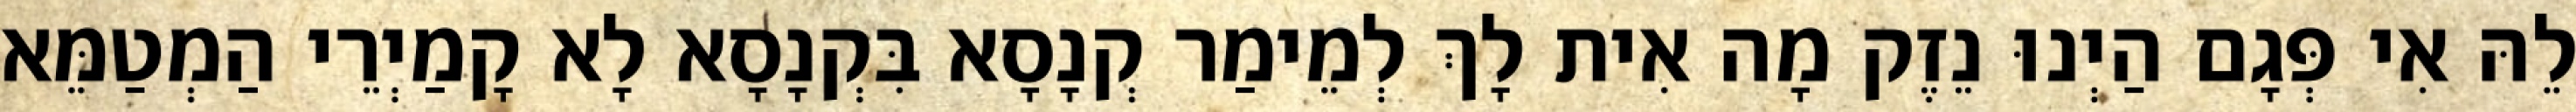
לֵהּ אִי פְּגָם הַיְנוּ נֵזֶק מָה אִית לָךְ לְמֵימַר קְנָסָא בִּקְנָסָא לָא קָמַיְרֵי הַמְטַמֵּא